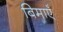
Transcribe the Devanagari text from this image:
बिमाएँ